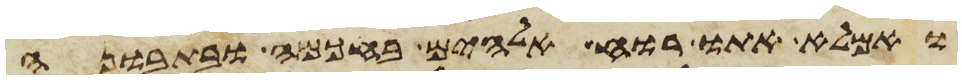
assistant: ואמלא אתו רוח אלהים בחכמה ובתבונה